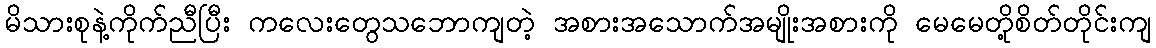
မိသားစုနဲ့ကိုက်ညီပြီး ကလေးတွေသဘောကျတဲ့ အစားအသောက်အမျိုးအစားကို မေမေတို့စိတ်တိုင်းကျ